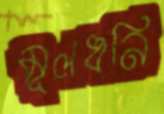
মূলধনি